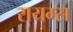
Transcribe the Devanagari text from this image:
रायम्स